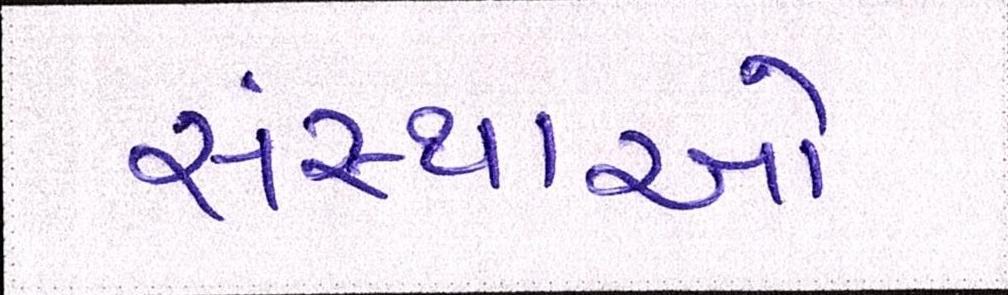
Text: સંસ્થાઓ